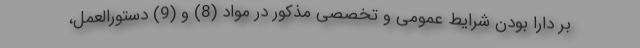
بر دارا بودن شرایط عمومی و تخصصی مذکور در مواد (8) و (9) دستورالعمل،